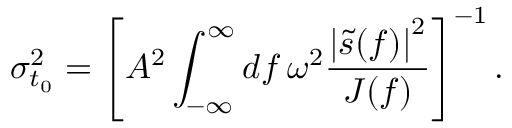
\sigma _ { t _ { 0 } } ^ { 2 } = \left[ A ^ { 2 } \int _ { - \infty } ^ { \infty } \mathop { d f } \omega ^ { 2 } \frac { \left| \tilde { s } ( f ) \right| ^ { 2 } } { J ( f ) } \right] ^ { - 1 } .